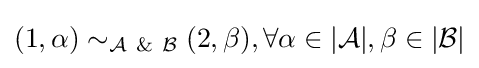
(1,\alpha )\sim _{{\mathcal {A}}\ \&\ {\mathcal {B}}}(2,\beta ),\forall \alpha \in |{\mathcal {A}}|,\beta \in |{\mathcal {B}}|